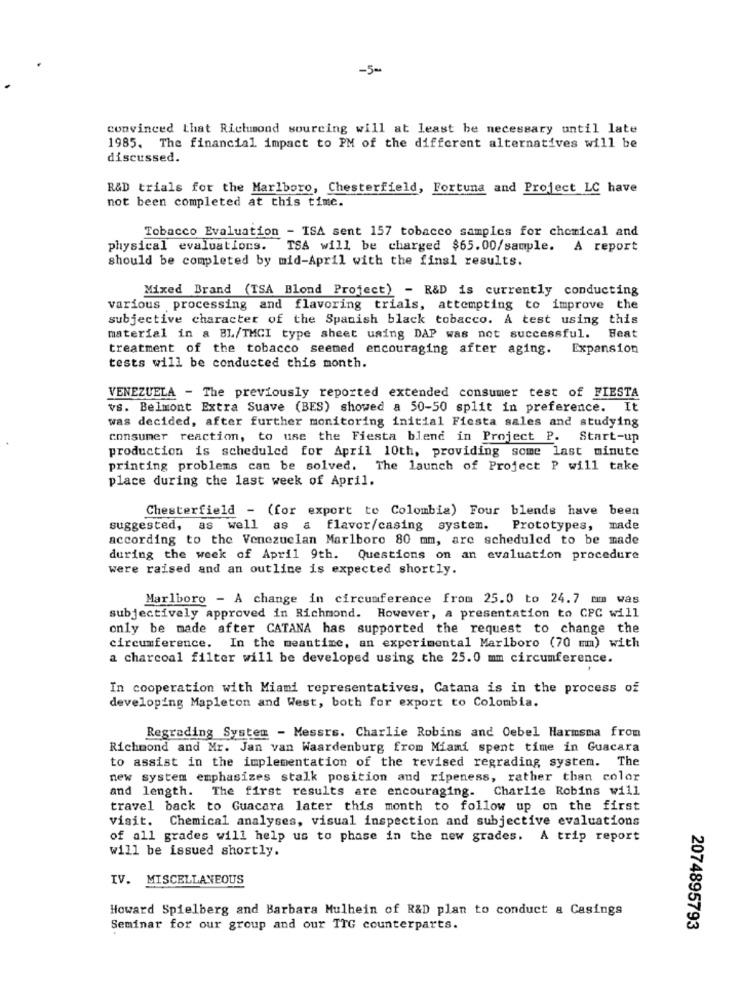
-500
convinced that Richmond sourcing will at least be necessary until late
1985. The financial impact to PM of the different alternatives will be
discussed.
R&D trials for the Marlboro, Chesterfield, Fortuna and Project LC have
not been completed at this time.
Tobacco Evaluation - ISA sent 157 tobacco samples for chemical and
physical evaluations. TSA will be charged $65.00/sample. A report
should be completed by mid-April with the final results.
Mixed Brand (TSA Blond Project) - R&D is currently conducting
various processing and flavoring trials, attempting to improve the
subjective character of the Spanish black tobacco. A test using this
material in a BL/TMCI type sheet uming DAP was not successful. Beat
treatment of the tobacco seemed encouraging after aging. Expansion
tests will be conducted this month.
VENEZUELA - The previously reported extended consumer test of FIESTA
vs. Belmont Extra Suave (BES) showed a 50-50 split in preference. It
was decided, after further monitoring initial Fiesta sales and studying
consumer reaction, to use the Fiesta blend in Project P. Start-up
production is scheduled for April 10th, providing some last minute
printing problems can be solved. The launch of Project P will take
place during the last week of April.
Chesterfield - (for export to Colombia) Four blends have been
suggested, as well as a flavor/casing system.
Prototypes, made
according to the Venezuelan Marlboro 80 mm, are scheduled to be made
during the week of April 9th. Questions on an evaluation procedure
were raised and an outline is expected shortly.
Marlboro - A change in circumference from 25.0 to 24.7 mm was
subjectively approved in Richmond. However, a presentation to CPC will
only be made after CATANA has supported the request to change the
circumference. In the meantime, an experimental Marlboro (70 mmm) with
a charcoal filter will be developed using the 25.0 mm circumference.
In cooperation with Miami representatives, Catana is in the process of
developing Mapleton and West, both for export to Colombia.
Regrading System - Messrs. Charlie Robins and Cebel Harmsma from
Richmond and Mr. Jan van Waardenburg from Miami spent time in Guacara
to assist in the implementation of the revised regrading system. The
new system emphasizes stalk position and ripeness, rather than color
and length. The first results are encouraging. Charlie Robins will
travel back to Guacara later this month to follow up on the first
visit. Chemical analyses, visual inspection and subjective evaluations
of all grades will help us to phase in the new grades. A trip report
will be issued shortly.
IV. MISCELLANEOUS
Howard Spielberg and Barbara Mulhein of R&D plan to conduct & Casings
Seminar for our group and our TTG counterparts.
2074895793